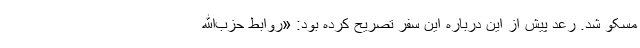
مسکو شد. رعد پیش از این درباره این سفر تصریح کرده بود: «روابط حزب‌الله